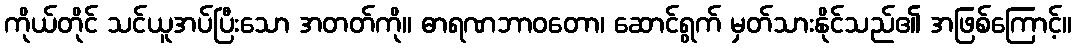
ကိုယ်တိုင် သင်ယူအပ်ပြီးသော အတတ်ကို။ ဓာရဏဘာဝတော၊ ဆောင်ရွက် မှတ်သားနိုင်သည်၏ အဖြစ်ကြောင့်။